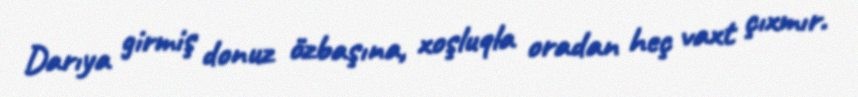
Darıya girmiş donuz özbaşına, xoşluqla oradan heç vaxt çıxmır.